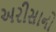
અરીસાનો